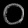
Digit: ၀